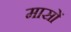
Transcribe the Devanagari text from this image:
मासाें